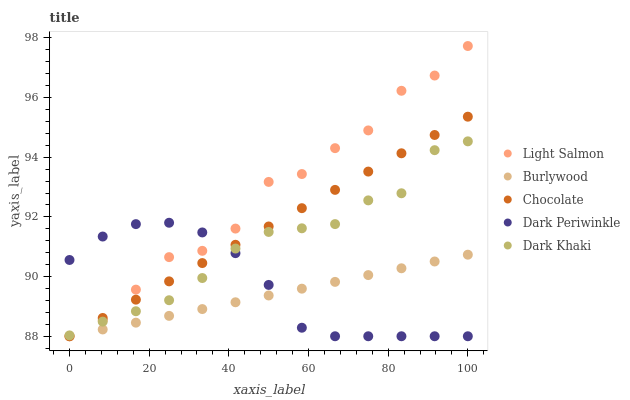
| xaxis_label | Light Salmon | Burlywood | Chocolate | Dark Periwinkle | Dark Khaki |
 | --- | --- | --- | --- | --- | --- |
 | 0 | 88 | 88 | 88 | 90.6 | 88 |
 | 8.33 | 88.5 | 88.2 | 88.6 | 91.3 | 88.5 |
 | 16.7 | 89.6 | 88.5 | 89.2 | 91.8 | 88.8 |
 | 25 | 90.7 | 88.7 | 89.8 | 91.8 | 89.2 |
 | 33.3 | 90.9 | 88.9 | 90.5 | 91.5 | 90 |
 | 41.7 | 91.6 | 89.1 | 91.1 | 90.8 | 90.9 |
 | 50 | 93.2 | 89.4 | 91.7 | 89.7 | 91.5 |
 | 58.3 | 93.4 | 89.6 | 92.3 | 88.3 | 91.6 |
 | 66.7 | 94.3 | 89.8 | 92.9 | 88 | 91.8 |
 | 75 | 94.9 | 90.1 | 93.5 | 88 | 92.6 |
 | 83.3 | 96.2 | 90.3 | 94.1 | 88 | 92.8 |
 | 91.7 | 96.7 | 90.5 | 94.7 | 88 | 94.2 |
 | 100 | 97.7 | 90.7 | 95.4 | 88 | 94.5 |